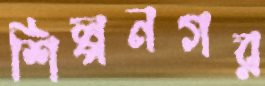
শিল্পনগর